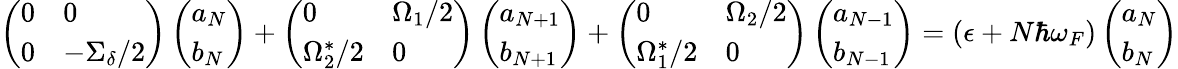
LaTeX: \begin{array}{r}{\left(\begin{array}{ll}{0}&{0}\\ {0}&{-\Sigma_{\delta}/2}\end{array}\right)\left(\begin{array}{l}{a_{N}}\\ {b_{N}}\end{array}\right)+\left(\begin{array}{ll}{0}&{\Omega_{1}/2}\\ {\Omega_{2}^{*}/2}&{0}\end{array}\right)\left(\begin{array}{l}{a_{N+1}}\\ {b_{N+1}}\end{array}\right)+\left(\begin{array}{ll}{0}&{\Omega_{2}/2}\\ {\Omega_{1}^{*}/2}&{0}\end{array}\right)\left(\begin{array}{l}{a_{N-1}}\\ {b_{N-1}}\end{array}\right)=\left(\epsilon+N\hbar\omega_{F}\right)\left(\begin{array}{l}{a_{N}}\\ {b_{N}}\end{array}\right)}\end{array}